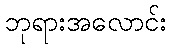
ဘုရားအလောင်း